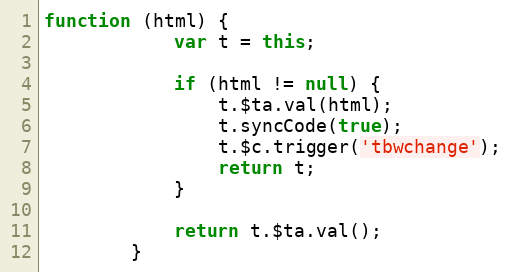
Language: JavaScript
function (html) {
            var t = this;

            if (html != null) {
                t.$ta.val(html);
                t.syncCode(true);
                t.$c.trigger('tbwchange');
                return t;
            }

            return t.$ta.val();
        }